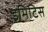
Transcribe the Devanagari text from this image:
इमिटिस